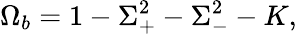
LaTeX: \Omega_{b}=1-\Sigma_{+}^{2}-\Sigma_{-}^{2}-K,